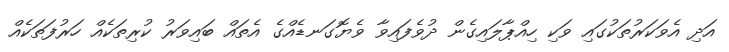
އަދި އެވަކަރުތަކުގައި ވަކި ހިއްޕާލައިގެން ދުވެފައިވާ ވެޔޮގަނޑެއްގެ އެތައް ބައިވަރު ކުރިތަކެއް ހަރުފަތަކެއް